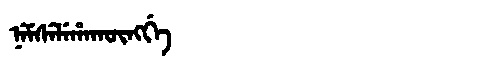
Manchu: ᠨᡝᠮᠰᡝᠯᡝᡥᠠᡴᡡᠩᡤᡝ
Romanization: NEMSELEHAKŪNGGE